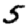
Digit: 5